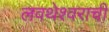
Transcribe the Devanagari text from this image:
लवथेश्वराची